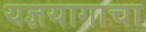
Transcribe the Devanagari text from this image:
यज्ञयागाचा